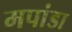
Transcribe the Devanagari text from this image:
मपांडा